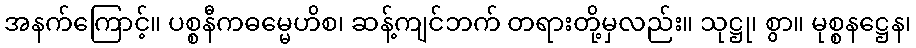
အနက်ကြောင့်။ ပစ္စနီကဓမ္မေဟိစ၊ ဆန့်ကျင်ဘက် တရားတို့မှလည်း။ သုဋ္ဌု၊ စွာ။ မုစ္စနဋ္ဌေန၊